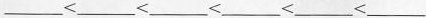
___<___<___<___<___<___